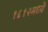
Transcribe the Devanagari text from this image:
१६१२मध्ये